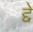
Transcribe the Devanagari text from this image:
द्दे